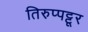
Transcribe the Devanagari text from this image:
तिरुप्पट्टूर